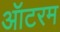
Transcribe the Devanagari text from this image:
ऑटरम